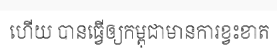
ហើយ បានធ្វើឲ្យកម្ពុជាមានការខ្វះខាត